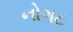
નોગટ